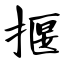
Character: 揠